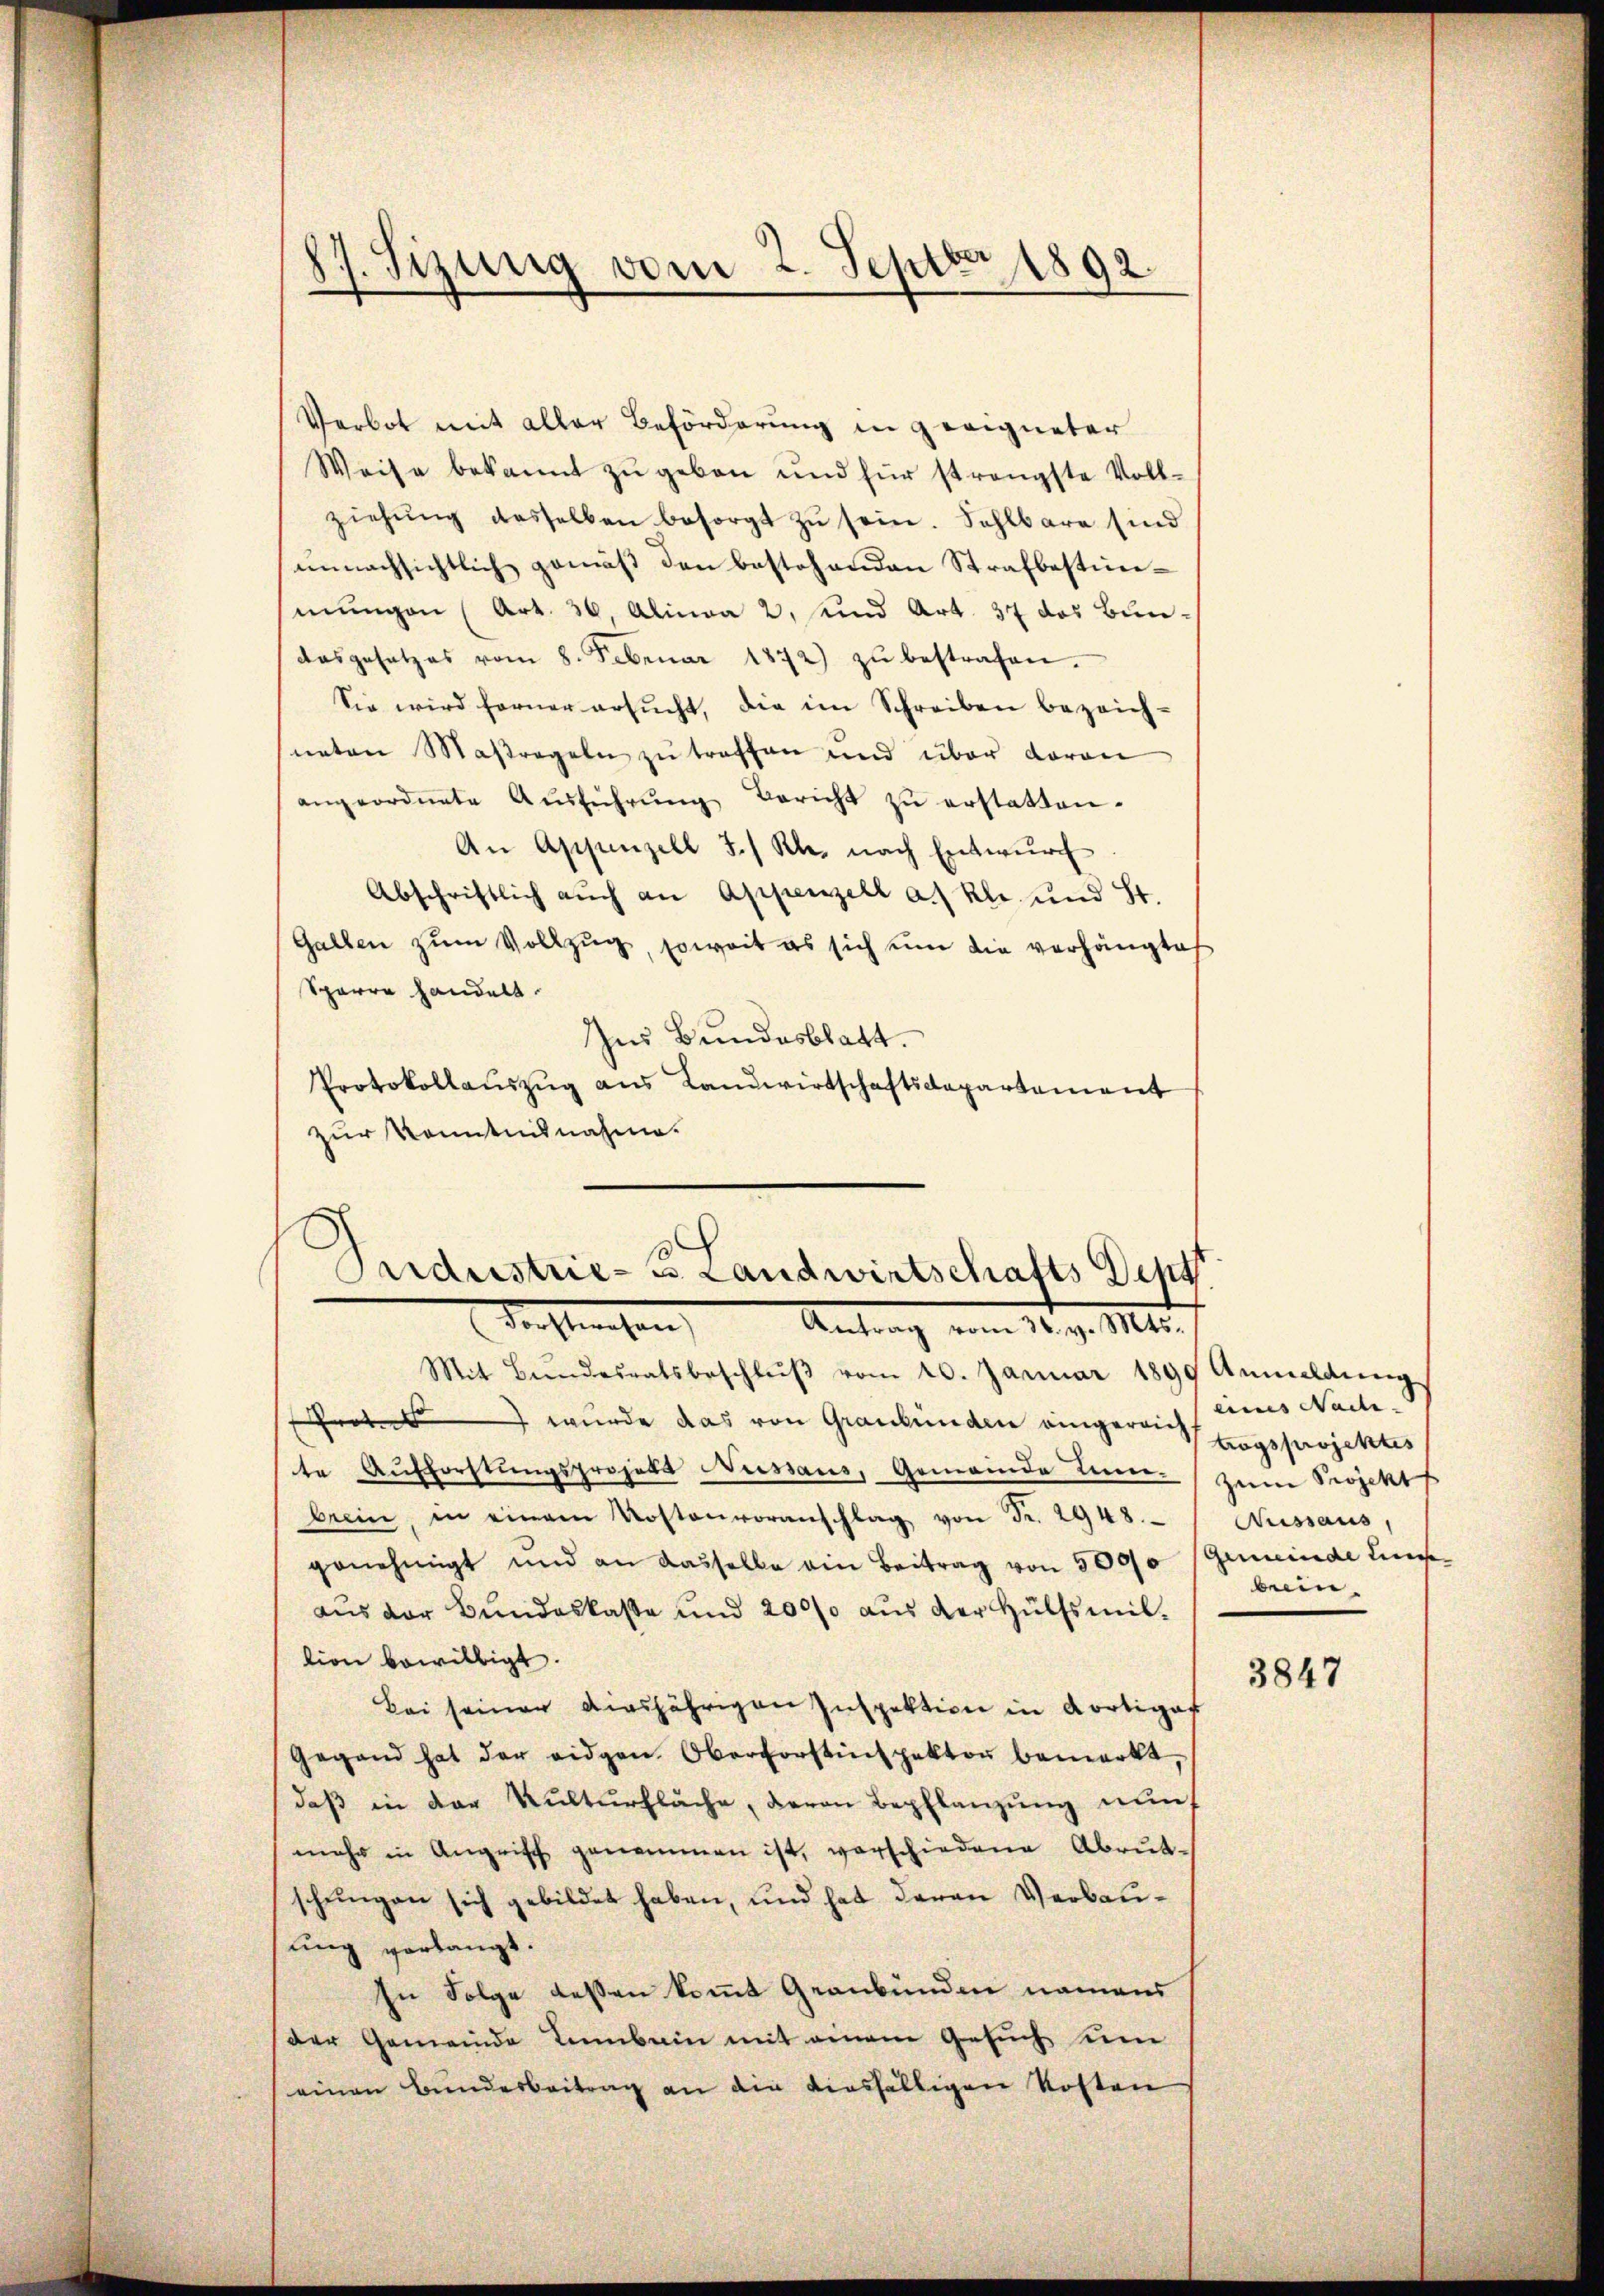
.
Tizung vom 2. Septbr 1892.

Verbot mit aller Beförderung in geeigneter
Weise bekannt zŭ geben und für strengste Voll-
ziehŭng desselben besorgt zŭ sein. Sahlbare sind
unnachsichtlich gemäß den bestehenden Strafbestimmŭngen (Art. 36, Alinea 2. und Art. 37 des Bundasgesetzes vom 8. Februar 1872) zŭ bestrafen.
Sie wird ferner ersŭcht, die im Schreiben bezeich-
neten Maßregeln zŭ treffen und über daran
angeordnete Aŭsführŭng Bericht zŭ erstatten.
An Appenzell I/Rh. nach Entwŭrf
Abschriftlich aŭch an Appenzell a.) Kl. und St.
Galben zŭm Vollzug, soweit es sich um die verhängte
Sparre handelt.
Ins Bundesblatt.
Protokollauszug aus Landwirtschaftsdepartement
zur Kenntnisnahme.

Pardustrie-C. Landwirtschafts Dinst
dorstehen,
Antrag vom 10. d. Mts.

Mit Bundesratsbeschlŭβ vom 20. Januar 1890 Anmeldŭng
rot wurde das von Graubünden eingereitungsprojektes
te Aufforstŭngsprojekt Niessaus, Gemeinde Tier zum Projekt
brein, in einem Kostenvoranschlag von Fr. 2948.
genehmigt und an dasselbe ein Beitrag von 5000 Gemeinde Lieaus der Bundeskasse und 20000 aus der Hülfsmiltion bewilligt.
Bei seiner diesjährigen Inspektion in Kortiges
Gegend hat der eidgen. Oberforstinspektor bemerkt,
daβ in der Kulturfläche, deron Bepflanzung nun
mehr in Angriff genommen ist, verschiedene Abrŭt-
schungen sich gebildet haben, und hat daran Verbauung verlangt.
In Folge deßen kommt Graubünden namens
der Gemeinde Leimbain mit einem Gesuch um
einen Bunderbeitrag an die diesfälligen Kosten

eines Nade
Aussaus,
beein

3847